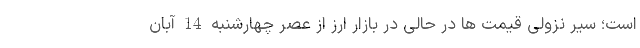
است؛ سیر نزولی قیمت ها در حالی در بازار ارز از عصر چهارشنبه 14 آبان